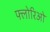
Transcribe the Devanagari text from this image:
फ्लोरिओ